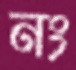
নং